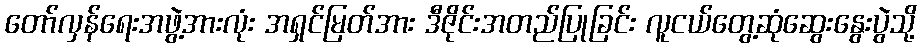
တော်လှန်ရေးအဖွဲ့အားလုံး အရှင်မြတ်အား ဒီဇိုင်းအတည်ပြုခြင်း လူငယ်တွေ့ဆုံဆွေးနွေးပွဲသို့